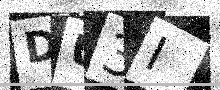
Text: DU3I